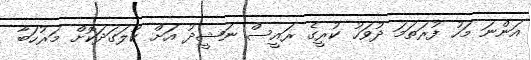
އަންނަ މަހު ފުރަތަމަ ދުވަހު ކުރީގެ ރައީސް ނަޝީދު އަށް ކުލަގަދަކޮށް މަރުހަބާ